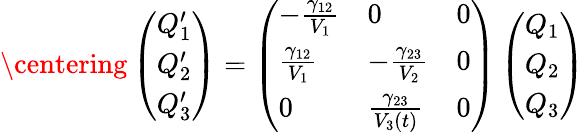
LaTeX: \centering\left(\begin{array}{l}{Q_{1}^{\prime}}\\ {Q_{2}^{\prime}}\\ {Q_{3}^{\prime}}\end{array}\right)=\left(\begin{array}{lll}{-\frac{\gamma_{12}}{V_{1}}}&{0}&{0}\\ {\frac{\gamma_{12}}{V_{1}}}&{-\frac{\gamma_{23}}{V_{2}}}&{0}\\ {0}&{\frac{\gamma_{23}}{V_{3}(t)}}&{0}\end{array}\right)\left(\begin{array}{l}{Q_{1}}\\ {Q_{2}}\\ {Q_{3}}\end{array}\right)